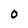
Character: O